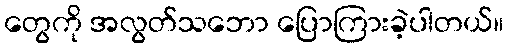
တွေကို အလွတ်သဘော ပြောကြားခဲ့ပါတယ်။